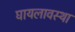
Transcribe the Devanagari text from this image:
घायलावस्था